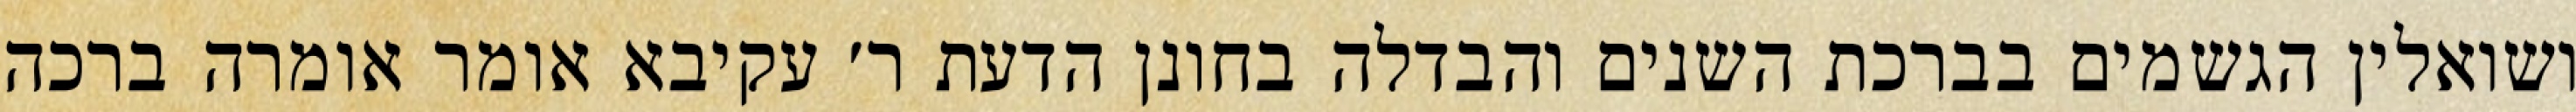
ושואלין הגשמים בברכת השנים והבדלה בחונן הדעת ר׳ עקיבא אומר אומרה ברכה